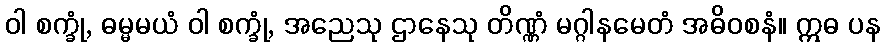
ဝါ စက္ခုံ, ဓမ္မမယံ ဝါ စက္ခုံ, အညေသု ဌာနေသု တိဏ္ဏံ မဂ္ဂါနမေတံ အဓိဝစနံ။ ဣဓ ပန